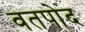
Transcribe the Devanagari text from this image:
वतपोद